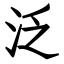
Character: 泛